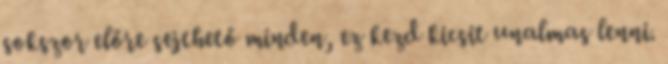
sokszor előre sejthető minden, ez kezd kicsit unalmas lenni.